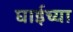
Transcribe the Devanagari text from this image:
घाईच्या